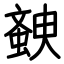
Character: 螤